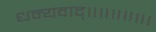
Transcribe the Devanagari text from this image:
धन्यवाद्॥॥॥॥॥।